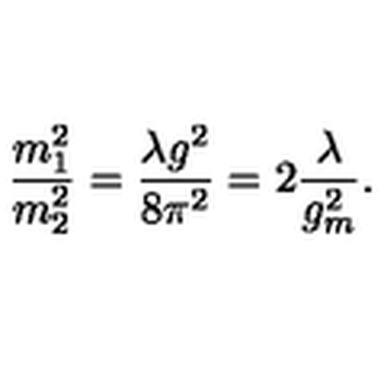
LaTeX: { \frac { m _ { 1 } ^ { 2 } } { m _ { 2 } ^ { 2 } } } = { \frac { \lambda g ^ { 2 } } { 8 \pi ^ { 2 } } } = 2 { \frac { \lambda } { g _ { m } ^ { 2 } } } .